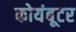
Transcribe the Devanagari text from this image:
कोयंबूटर